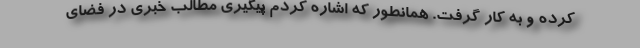
کرده و به کار گرفت. همانطور که اشاره کردم پیگیری مطالب خبری در فضای